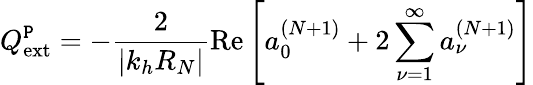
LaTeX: Q_{\textrm{ext}}^{\texttt{P}}=-\frac{2}{|k_{h}R_{N}|}\textrm{Re}\left[a_{0}^{(N+1)}+2\sum_{\nu=1}^{\infty}a_{\nu}^{(N+1)}\right]